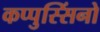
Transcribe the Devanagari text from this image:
कप्पुस्सिंनो